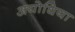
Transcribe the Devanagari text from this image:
अयोधिया